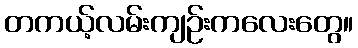
တကယ့်လမ်းကျဉ်းကလေးတွေ။